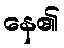
နေ၏